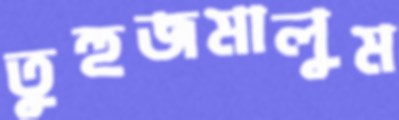
তুহুজমালুম